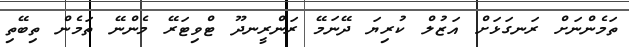
ތަމެންނަށް ރަނގަޅަށް އަޒުލް ކުރިޔަ ދޭނަމޭ ރަންރީނދޫ ޓްވިޓަރޭ މެންނޭ ތަމެން ތިބޭތި